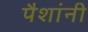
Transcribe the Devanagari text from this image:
पैशांनी